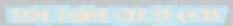
অক্সিরাইবো